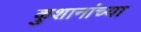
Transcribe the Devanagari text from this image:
कुशानांच्या